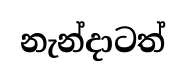
නැන්දාටත්